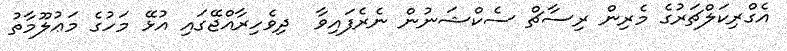
އެގްރިކަލްޗަރުގެ މެރިން ރިސާޗް ސެކްޝަނުން ނެރެފައިވާ  ދިވެހިރާއްޖޭގައި އުޅޭ މަހުގެ މަޢުލޫމާތު